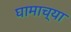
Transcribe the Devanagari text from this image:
घामाच्या